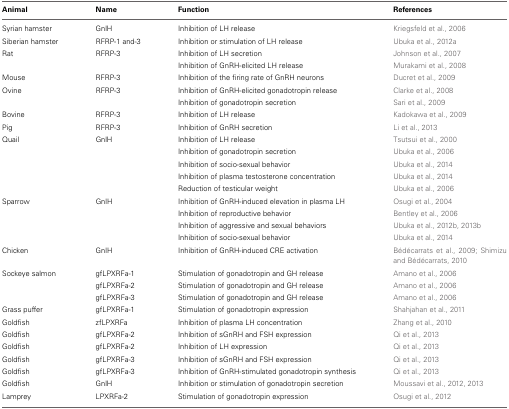
<table><thead><tr><td><b>Animal</b></td><td><b>Name</b></td><td><b>Function</b></td><td><b>References</b></td></tr></thead><tbody><tr><td>Syrian hamster</td><td>GnlH</td><td>Inhibition of LH release</td><td>Kriegsfeld et al., 2006</td></tr><tr><td>Siberian hamster</td><td>RFRP-1 and-3</td><td>Inhibition or stimulation of LH release</td><td>Ubuka et al., 2012a</td></tr><tr><td>Rat</td><td>RFRP-3</td><td>Inhibition of LH secretion</td><td>Johnson et al., 2007</td></tr><tr><td></td><td></td><td>Inhibition of GnRH-elicited LH release</td><td>Murakami et al., 2008</td></tr><tr><td>Mouse</td><td>RFRP-3</td><td>Inhibition of the firing rate of GnRH neurons</td><td>Ducret et al., 2009</td></tr><tr><td>Ovine</td><td>RFRP-3</td><td>Inhibition of GnRH-elicited gonadotropin release</td><td>Clarke et al., 2008</td></tr><tr><td></td><td></td><td>Inhibition of gonadotropin secretion</td><td>Sari et al., 2009</td></tr><tr><td>Bovine</td><td>RFRP-3</td><td>Inhibition of LH release</td><td>Kadokawa et al., 2009</td></tr><tr><td>Pig</td><td>RFRP-3</td><td>Inhibition of GnRH secretion</td><td>Li et al., 2013</td></tr><tr><td>Quail</td><td>GnlH</td><td>Inhibition of LH release</td><td>Tsutsui et al., 2000</td></tr><tr><td></td><td></td><td>Inhibition of gonadotropin secretion</td><td>Ubuka et al., 2006</td></tr><tr><td></td><td></td><td>Inhibition of socio-sexual behavior</td><td>Ubuka et al., 2014</td></tr><tr><td></td><td></td><td>Inhibition of plasma testosterone concentration</td><td>Ubuka et al., 2014</td></tr><tr><td></td><td></td><td>Reduction of testicular weight</td><td>Ubuka et al., 2006</td></tr><tr><td>Sparrow</td><td>GnlH</td><td>Inhibition of GnRH-induced elevation in plasma LH</td><td>Osugi et al., 2004</td></tr><tr><td></td><td></td><td>Inhibition of reproductive behavior</td><td>Bentley et al., 2006</td></tr><tr><td></td><td></td><td>Inhibition of aggressive and sexual behaviors</td><td>Ubuka et al., 2012b, 2013b</td></tr><tr><td></td><td></td><td>Inhibition of socio-sexual behavior</td><td>Ubuka et al., 2014</td></tr><tr><td>Chicken</td><td>GnlH</td><td>Inhibition of GnRH-induced CRE activation</td><td>Bédécarrats et al., 2009; Shimizu and Bédécarrats, 2010</td></tr><tr><td>Sockeye salmon</td><td>gfLPXRFa-1</td><td>Stimulation of gonadotropin and GH release</td><td>Amano et al., 2006</td></tr><tr><td></td><td>gfLPXRFa-2</td><td>Stimulation of gonadotropin and GH release</td><td>Amano et al., 2006</td></tr><tr><td></td><td>gfLPXRFa-3</td><td>Stimulation of gonadotropin and GH release</td><td>Amano et al., 2006</td></tr><tr><td>Grass puffer</td><td>gfLPXRFa-1</td><td>Stimulation of gonadotropin expression</td><td>Shahjahan et al., 2011</td></tr><tr><td>Goldfish</td><td>zfLPXRFa</td><td>Inhibition of plasma LH concentration</td><td>Zhang et al., 2010</td></tr><tr><td>Goldfish</td><td>gfLPXRFa-2</td><td>Inhibition of sGnRH and FSH expression</td><td>Qi et al., 2013</td></tr><tr><td>Goldfish</td><td>gfLPXRFa-2</td><td>Inhibition of LH expression</td><td>Qi et al., 2013</td></tr><tr><td>Goldfish</td><td>gfLPXRFa-3</td><td>Inhibition of sGnRH and FSH expression</td><td>Qi et al., 2013</td></tr><tr><td>Goldfish</td><td>gfLPXRFa-3</td><td>Inhibition of GnRH-stimulated gonadotropin synthesis</td><td>Qi et al., 2013</td></tr><tr><td>Goldfish</td><td>GnlH</td><td>Inhibition or stimulation of gonadotropin secretion</td><td>Moussavi et al., 2012, 2013</td></tr><tr><td>Lamprey</td><td>LPXRFa-2</td><td>Stimulation of gonadotropin expression</td><td>Osugi et al., 2012</td></tr></tbody></table>